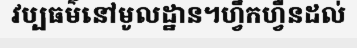
វប្បធម៌នៅមូលដ្ឋាន។ហ្វឹកហ្វឺនដល់